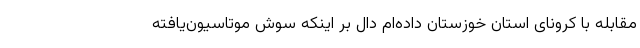
مقابله با کرونای استان خوزستان داده‌ام دال بر اینکه سوش موتاسیون‌یافته